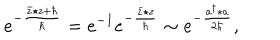
e ^ { - \frac { \bar { z } \star z + \hbar } { \hbar } } = e ^ { - 1 } e ^ { - \frac { \bar { z } \star z } { \hbar } } \sim e ^ { - \frac { a ^ { \dagger } \star a } { 2 \hbar } } ,